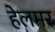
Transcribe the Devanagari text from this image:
हेलमर